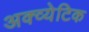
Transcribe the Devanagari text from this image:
अक्व्येटिक